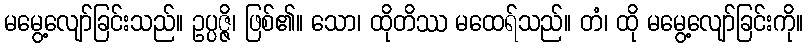
မမွေ့လျော်ခြင်းသည်။ ဥပ္ပဇ္ဇိ၊ ဖြစ်၏။ သော၊ ထိုတိဿ မထေရ်သည်။ တံ၊ ထို မမွေ့လျော်ခြင်းကို။